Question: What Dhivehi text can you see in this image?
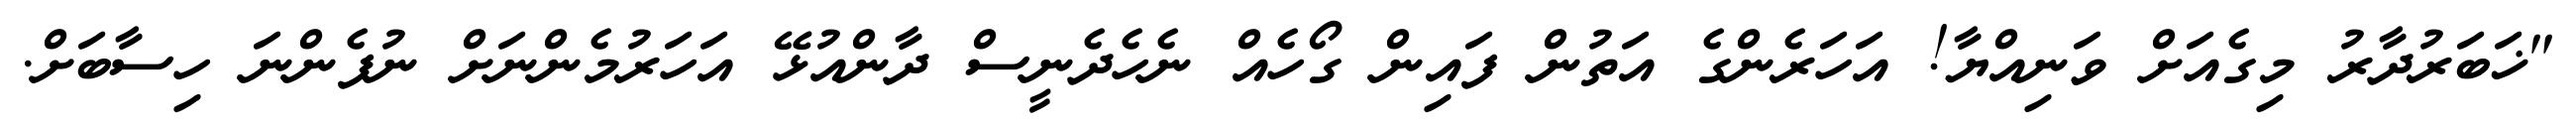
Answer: "ޚަބަރުދާރު މިގެއަށް ވަނިއްޔާ! އަހަރެންގެ އަތުން ފައިން ގޯހެއް ނެހެދެނީސް ދާންއުޅޭ އަހަރުމެންނަށް ނުފެންނަ ހިސާބަށް.